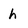
Character: h